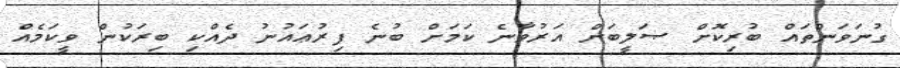
ގުނަވަންތައް ބުރިކޮށް ޞަލީބަށް އަރުވާނެ ކަމަށް ބުނެ ފިރުޢައުނު ދެއްކި ބިރަކުން ވީކަމެއް